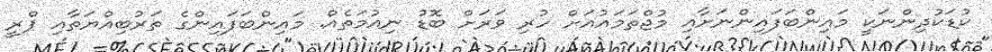
ކުޑަކުދިންނަކީ މައިންބަފައިންނަށާއި މުޖްތަމައުއަށް ހުރި ވަރަށް ބޮޑު ނިއުމަތެއް. މައިންބަފައިންގެ ތަރުބިއްޔަތާއި ޕްރީ